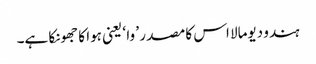
ہندو دیومالا اس کا مصدر ’ وا ‘ یعنی ہوا کا جھونکا ہے۔